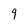
Character: 9